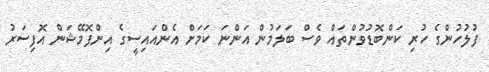
ފުލުހުންގެ ހުރި ކަންބޮޑުވުންތައް ވެސް ބަލަމުން އަންނަ ކަމަށް އެންއައިސީގެ އިންފޮމޭޝަން އޮފިސަރު